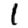
Digit: 1